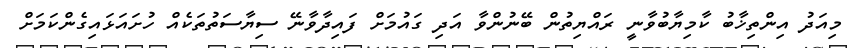
މިއަދު އިންތިޚާބު ކާމިޔާބުވާނީ ރައްޔިތުން ބޭނުންވާ އަދި ގައުމަށް ފައިދާވާނޭ ސިޔާސަތުތަކެއް ހުށައަޅައިގެންކަމަށް